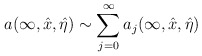
\begin{align*} a(\infty,\hat x,\hat\eta)\sim\sum^\infty_{j=0}a_j(\infty,\hat x, \hat\eta)\end{align*}